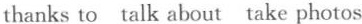
thanks to talk about take photos